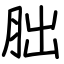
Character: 胐